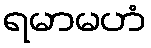
ရမာမဟံ